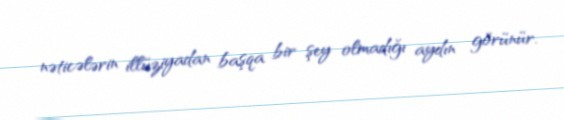
nəticələrin illüziyadan başqa bir şey olmadığı aydın görünür.